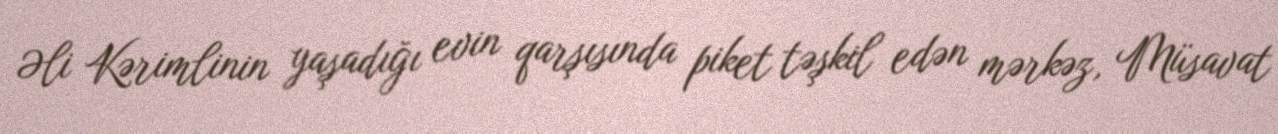
Əli Kərimlinin yaşadığı evin qarşısında piket təşkil edən mərkəz, Müsavat